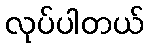
လုပ်ပါတယ်